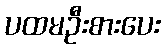
ပထမဦးစားပေး